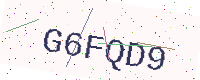
Text: G6FQD9